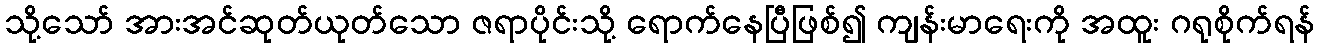
သို့သော် အားအင်ဆုတ်ယုတ်သော ဇရာပိုင်းသို့ ရောက်နေပြီဖြစ်၍ ကျန်းမာရေးကို အထူး ဂရုစိုက်ရန်